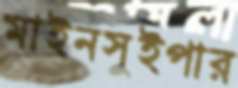
মাইনসুইপার